Annual report of the Civil Veterinary Department, Bengal, for the year 1897-98 - 1897-1898
Year: 1897
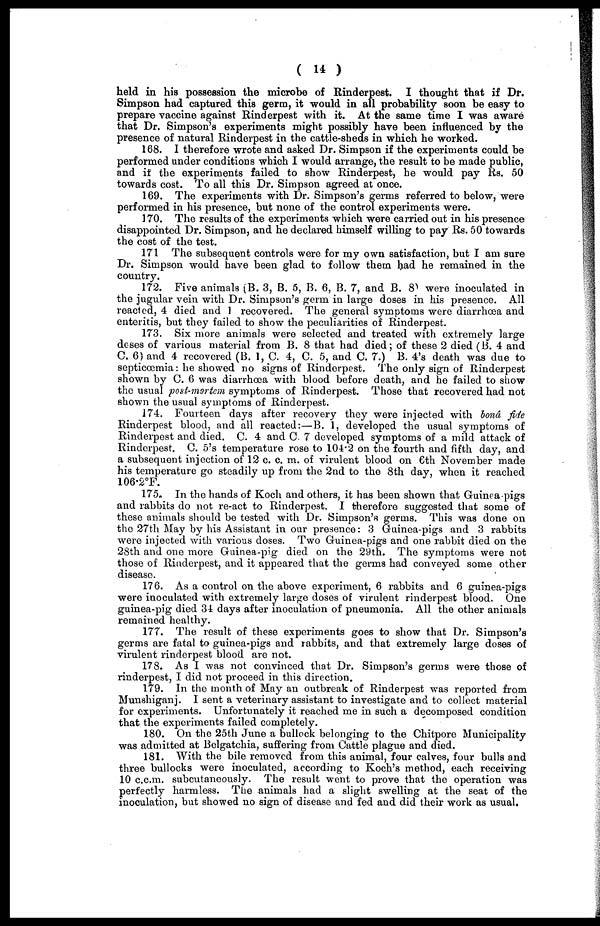
( 14 )
held in his possession the microbe of Rinderpest. I thought that if Dr.
Simpson had captured this germ, it would in all probability soon be easy to
prepare vaccine against Rinderpest with it. At the same time I was aware
that Dr. Simpson's experiments might possibly have been influenced by the
presence of natural Rinderpest in the cattle-sheds in which he worked.
168. I therefore wrote and asked Dr. Simpson if the experiments could be
performed under conditions which I would arrange, the result to be made public,
and it the experiments failed to show Rinderpest, he would pay Rs. 50
towards cost. To all this Dr. Simpson agreed at once.
169. The experiments with Dr. Simpson's germs referred to below, were
performed in his presence, but none of the control experiments were.
170. The results of the experiments which were carried out in his presence
disappointed Dr. Simpson, and he declared himself willing to pay Rs. 50 towards
the cost of the tost.
171 The subsequent controls were for my own satisfaction, but I am sure
Dr. Simpson would have been glad to follow them had he remained in the
country.
172. Five animals (B. 3, B. 5, B. 6, B. 7, and B. 8) were inoculated in
the jugular vein with Dr. Simpson's germ in large doses in his presence. All
reacted, 4 died and 1 recovered. The general symptoms were diarrhoea and
enteritis, but they failed to show the peculiarities of Rinderpest.
173. Six more animals were selected and treated with extremely large
deses of various material from B. 8 that had died; of these 2 died (B. 4 and
C. 6) and 4 recovered (B. 1, C. 4, C. 5, and C. 7.) B. 4's death was due to
septicœmia: he showed no signs of Rinderpest. The only sign of Rinderpest
shown by C. 6 was diarrhoea with blood before death, and he failed to show
the usual post-martem symptoms of Rinderpest. Those that recovered had not
shown the usual symptoms of Rinderpest.
174. Fourteen days after recovery they were injected with bond fide
Rinderpest blood, and all reacted:—B. 1, developed the usual symptoms of
Rinderpest and died. C. 4 and C 7 developed symptoms of a mild attack of
Rinderpest. C. 5's temperature rose to 104.2 on the fourth and fifth day, and
a subsequent injection of 12 c. c. m. of virulent blood on 6th November made
his temperature go steadily up from the 2nd to the 8th day, when it reached
106.2°F.
175. In the hands of Koch and others, it has been shown that Guinea pigs
and rabbits do not re-act to Rinderpest. I therefore suggested that some of
these animals should be tested with Dr. Simpson's germs. This was done on
the 27th May by his Assistant in our presence: 3 Guinea-pigs and 3 rabbits
were injected with various doses. Two Guinea-pigs and one rabbit died on the
28th and one more Guinea-pig died on the 29th. The symptoms were not
those of Rinderpest, and it appeared that the germs had conveyed some other
disease.
176. As a control on the above experiment, 6 rabbits and 6 guinea-pigs
were inoculated with extremely large doses of virulent rinderpest blood. One
guinea-pig died 34 days after inoculation of pneumonia. All the other animals
remained healthy.
177. The result of these experiments goes to show that Dr. Simpson's
germs are fatal to guinea-pigs and rabbits, and that extremely large doses of
virulent rinderpest blood are not.
178. As I was not convinced that Dr. Simpson's germs were those of
rinderpest, I did not proceed in this direction.
179. In the month of May an outbreak of Rinderpest was reported from
Munshiganj. I sent a veterinary assistant to investigate and to collect material
for experiments. Unfortunately it reached me in such a decomposed condition
that the experiments failed completely.
180. On the 25th June a bullock belonging to the Chitpore Municipality
was admitted at Belgatchia, suffering from Cattle plague and died.
181. With the bile removed from this animal, four calves, four bulls and
three bullocks were inoculated, according to Koch's method, each receiving
10 c.c.m. subcutaneously. The result went to prove that the operation was
perfectly harmless. The animals had a slight swelling at the seat of the
inoculation, but showed no sign of disease and fed and did their work as usual.